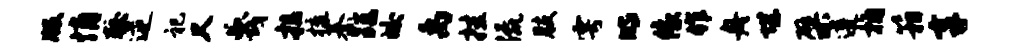
版悄较逆祀又蔑拉梳綦距皎禹挂流肢雩明像作舟堪檗遵桷箱享